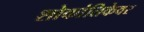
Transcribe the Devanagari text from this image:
शोकांतिकेवर